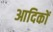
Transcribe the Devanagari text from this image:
आदिकों